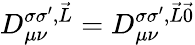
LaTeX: D_{\mu\nu}^{\sigma\sigma^{\prime},\vec{L}}=D_{\mu\nu}^{\sigma\sigma^{\prime},\vec{L}\vec{0}}